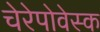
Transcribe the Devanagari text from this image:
चेरेपोवेस्क